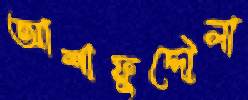
আশাফুদ্দৌলা